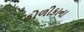
હોળીકાના